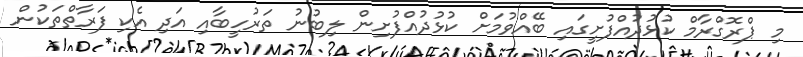
މި ޕްރޮގްރާމް ކުޅުދުއްފުށީގައި ބޭއްވުމަށް ކުޅުދުއްފުށިން ލިބުނު ތަރުހީބާއި އަދި އެކި ފަރާތްތަކުން